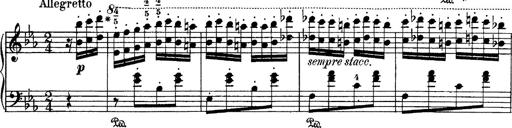
Title: Hungarian Rhapsody No.4
Composer: Franz Liszt
Key: E-flat major